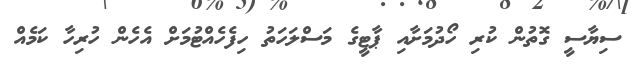
ސިޔާސީ ގޮތުން ކުރި ހޯދުމަށާއި ޕާޓީގެ މަސްލަހަތު ހިފެހެއްޓުމަށް އެހެން ހުރިހާ ކަމެއް